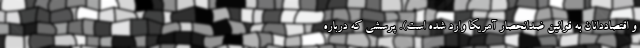
و اقتصاددانان به قوانین ضدانحصار آمریکا وارد شده است). پرسشی که درباره